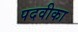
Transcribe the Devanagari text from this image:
पदवीका